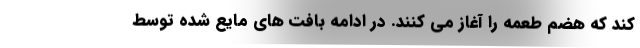
کند که هضم طعمه را آغاز می‌ کنند. در ادامه بافت های مایع شده توسط